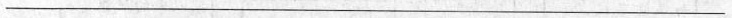
___